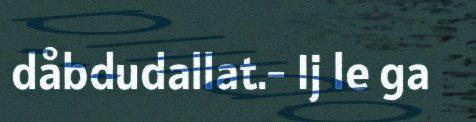
dåbdudallat.- Ij le ga